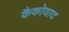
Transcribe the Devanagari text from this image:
कैकोवाद